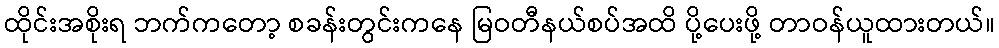
ထိုင်းအစိုးရ ဘက်ကတော့ စခန်းတွင်းကနေ မြဝတီနယ်စပ်အထိ ပို့ပေးဖို့ တာဝန်ယူထားတယ်။